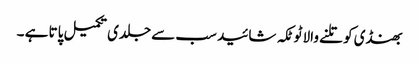
بھنڈی کو تلنے والا ٹوٹکہ شائید سب سے جلدی تکمیل پاتا ہے ۔